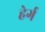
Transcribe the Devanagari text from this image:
हेर्ग